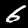
Digit: 6